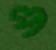
প